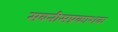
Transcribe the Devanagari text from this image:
सबनीसप्रकाशक